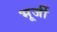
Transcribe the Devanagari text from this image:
भूर्जी